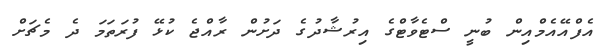
އެފްއޭއެމްއިން ބުނީ ސްޓެވާޓްގެ އިރުޝާދުގެ ދަށުން ރާއްޖެ ކުޅޭ ފުރަތަމަ ދެ މެޗަށް